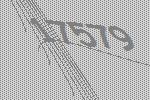
17579